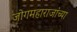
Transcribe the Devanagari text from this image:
जोगमहाराजांच्या